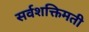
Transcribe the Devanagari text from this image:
सर्वशक्तिमती